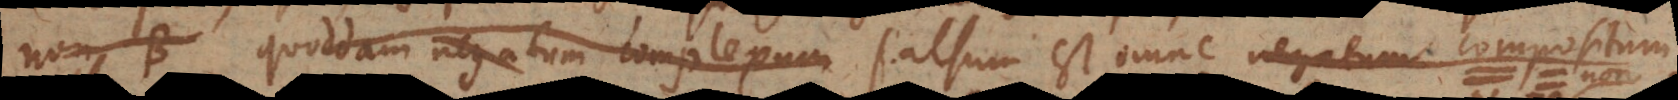
non‐B quoddam negatum complexum falsum est omne negatum compositum